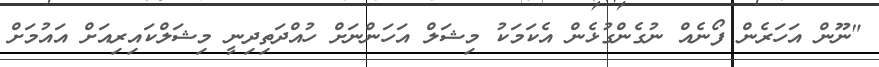
"ނޫން އަހަރެން ފޯނެއް ނުގެންގުޅެން އެކަމަކު މިޝަލް އަހަންނަށް ހުއްދަތިދިނީ މިޝަލްކައިރިއަށް އައުމަށް